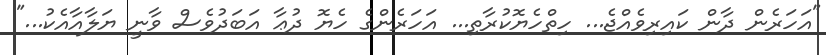
"އަހަރެން ދާން ކައިރިވެއްޖެ... ހިތްހެޔޮކުރާތި... އަހަރެންގެ ހެޔޮ ދުޢާ އަބަދުވެސް ވާނީ ޔަލާއާއެކު..."